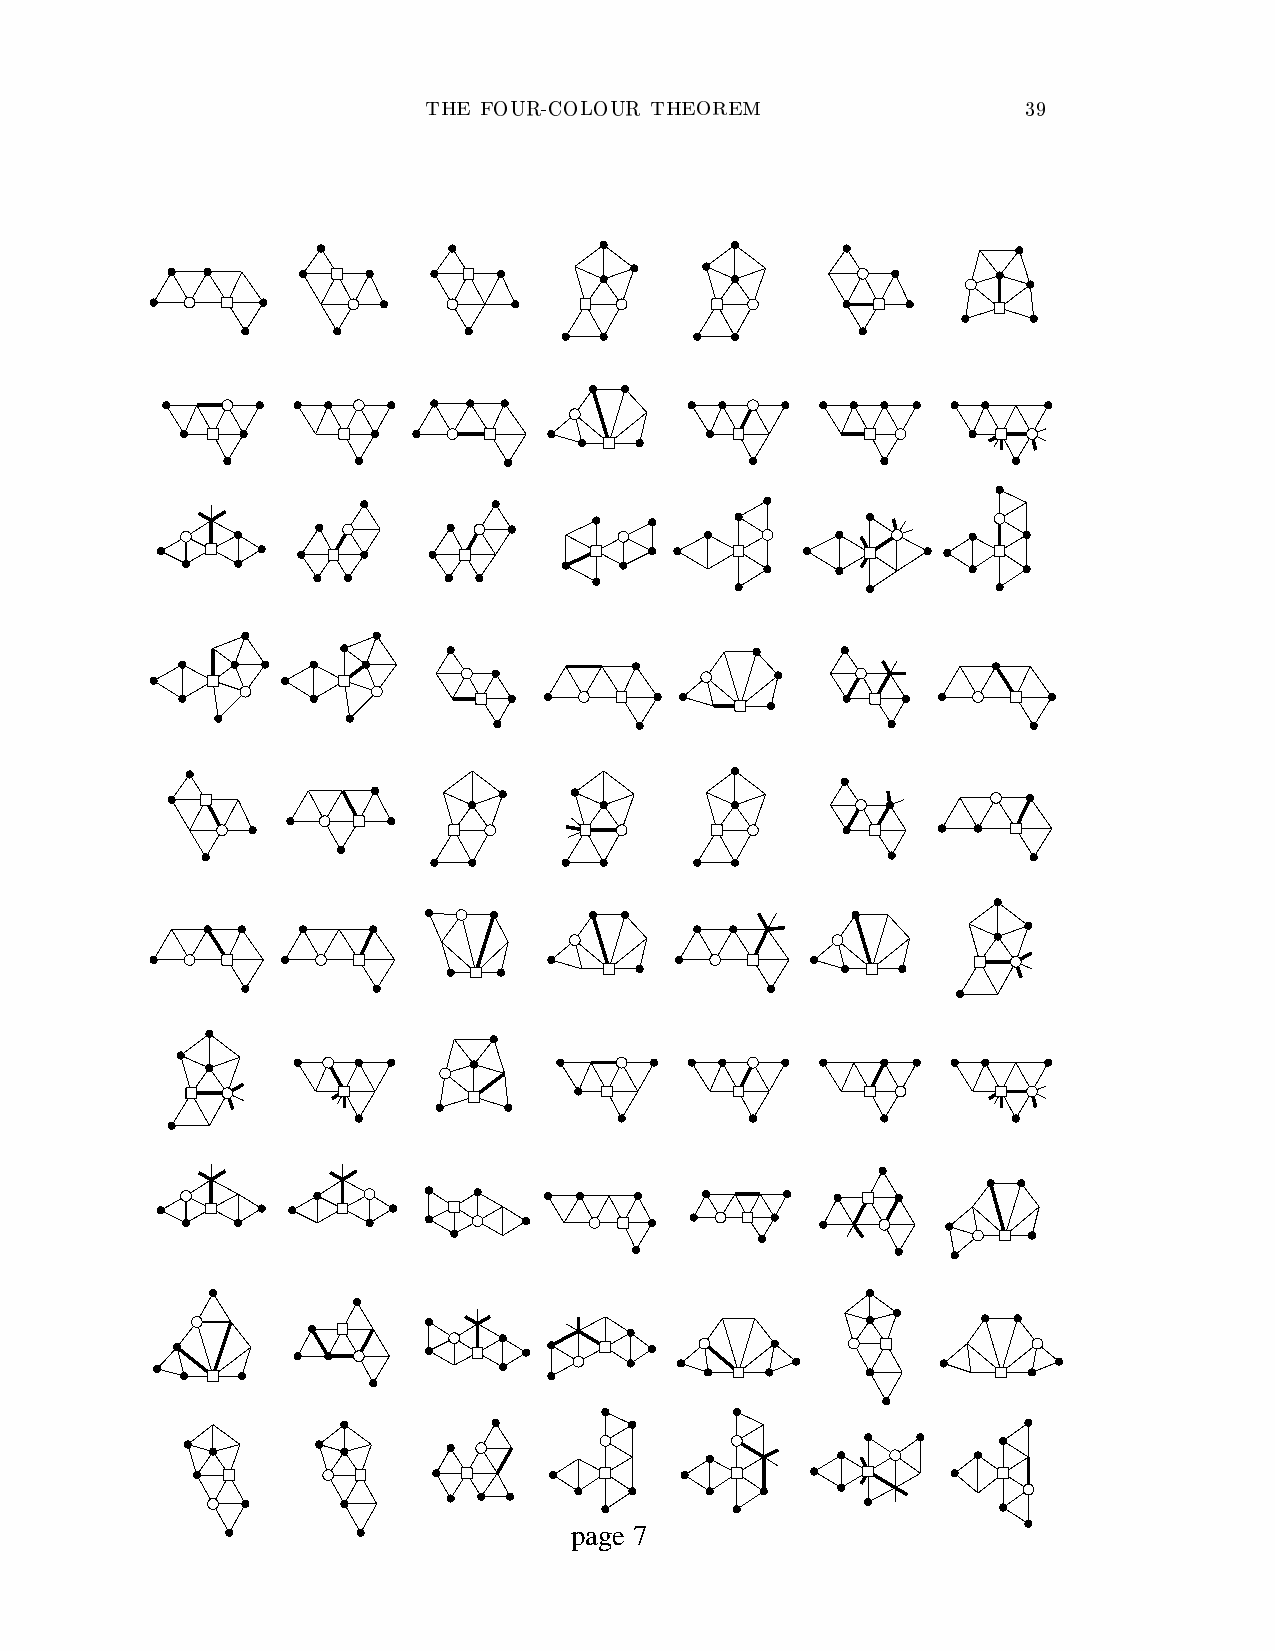
page 7
 T H E F O U R - C O L O U R T H E O R E M 3 9